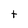
Character: t